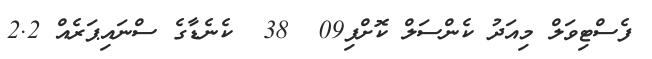
ފެސްޓިވަލް މިއަދު ކެންސަލް ކޮށްފި09  38  ކެނެޑާގެ ސްނައިޕަރެއް 2.2